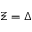
\Xi = \Delta